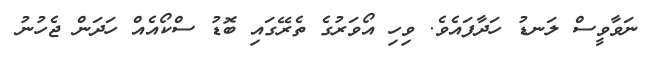
ނަވާވީސް ލަނޑު ހަދާފައެވެ. ވިހި އޯވަރުގެ ތެރޭގައި ބޮޑު ސްކޯއެއް ހަދަން ޖެހުނު